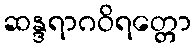
ဆန္ဒရာဂဝိရတ္တော